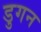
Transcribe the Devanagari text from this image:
डुगन